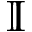
\mathbb { I }